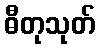
ဓီတုသုတ်